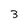
Character: 3